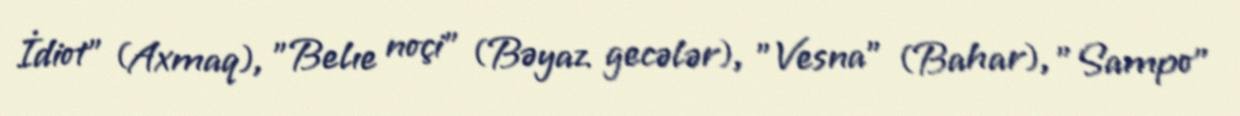
İdiot" (Axmaq), "Belıe noçi" (Bəyaz gecələr), "Vesna" (Bahar), "Sampo"